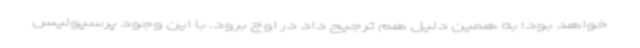
خواهد بود؛ به همین دلیل هم ترجیح داد در اوج برود. با این وجود پرسپولیس